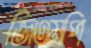
জিএমপি